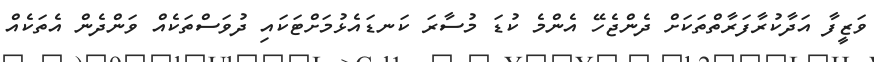
ވަޒީފާ އަދާކުރާފަރާތްތަކަށް ދެންޖެހޭ އެންމެ ކުޑަ މުސާރަ ކަނޑައެޅުމަށްޓަކައި ދުވަސްތަކެއް ވަންދެން އެތަކެއް